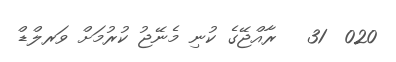
020  31   ރާއްޖޭގެ ކުނި މެނޭޖު ކުރުމަށް ވަރލްޑް